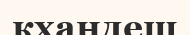
кхандеш